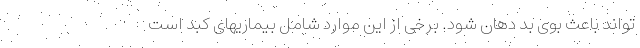
تواند باعث بوی بد دهان شود. برخی از این موارد شامل بیماریهای کبد است